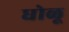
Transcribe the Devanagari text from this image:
धोळू